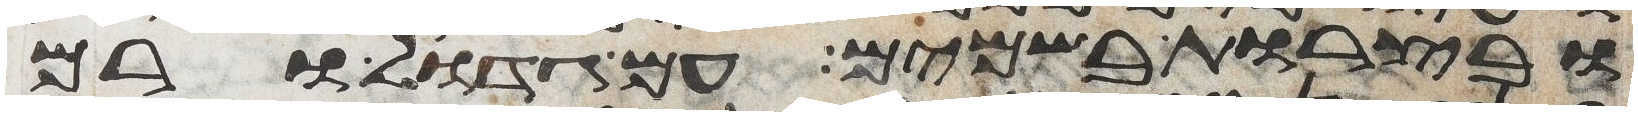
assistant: ובצרות בשמים עם גדול ורם